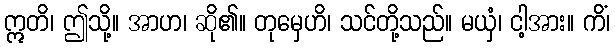
ဣတိ၊ ဤသို့။ အာဟ၊ ဆို၏။ တုမှေဟိ၊ သင်တို့သည်။ မယှံ၊ ငါ့အား။ ကိံ၊